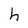
Character: h